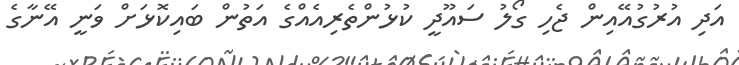
އަދި އުރުގުއޭއިން ޖެހި ގޯލު ސައޫދީ ކުޅުންތެރިއެއްގެ އަތުން ބައިކޮޅަށް ވަނީ އޭނާގެ